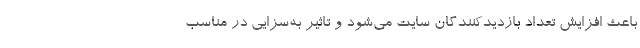
باعث افزایش تعداد بازدیدکنندگان سایت می‌شود و تاثیر به‌سزایی در مناسب